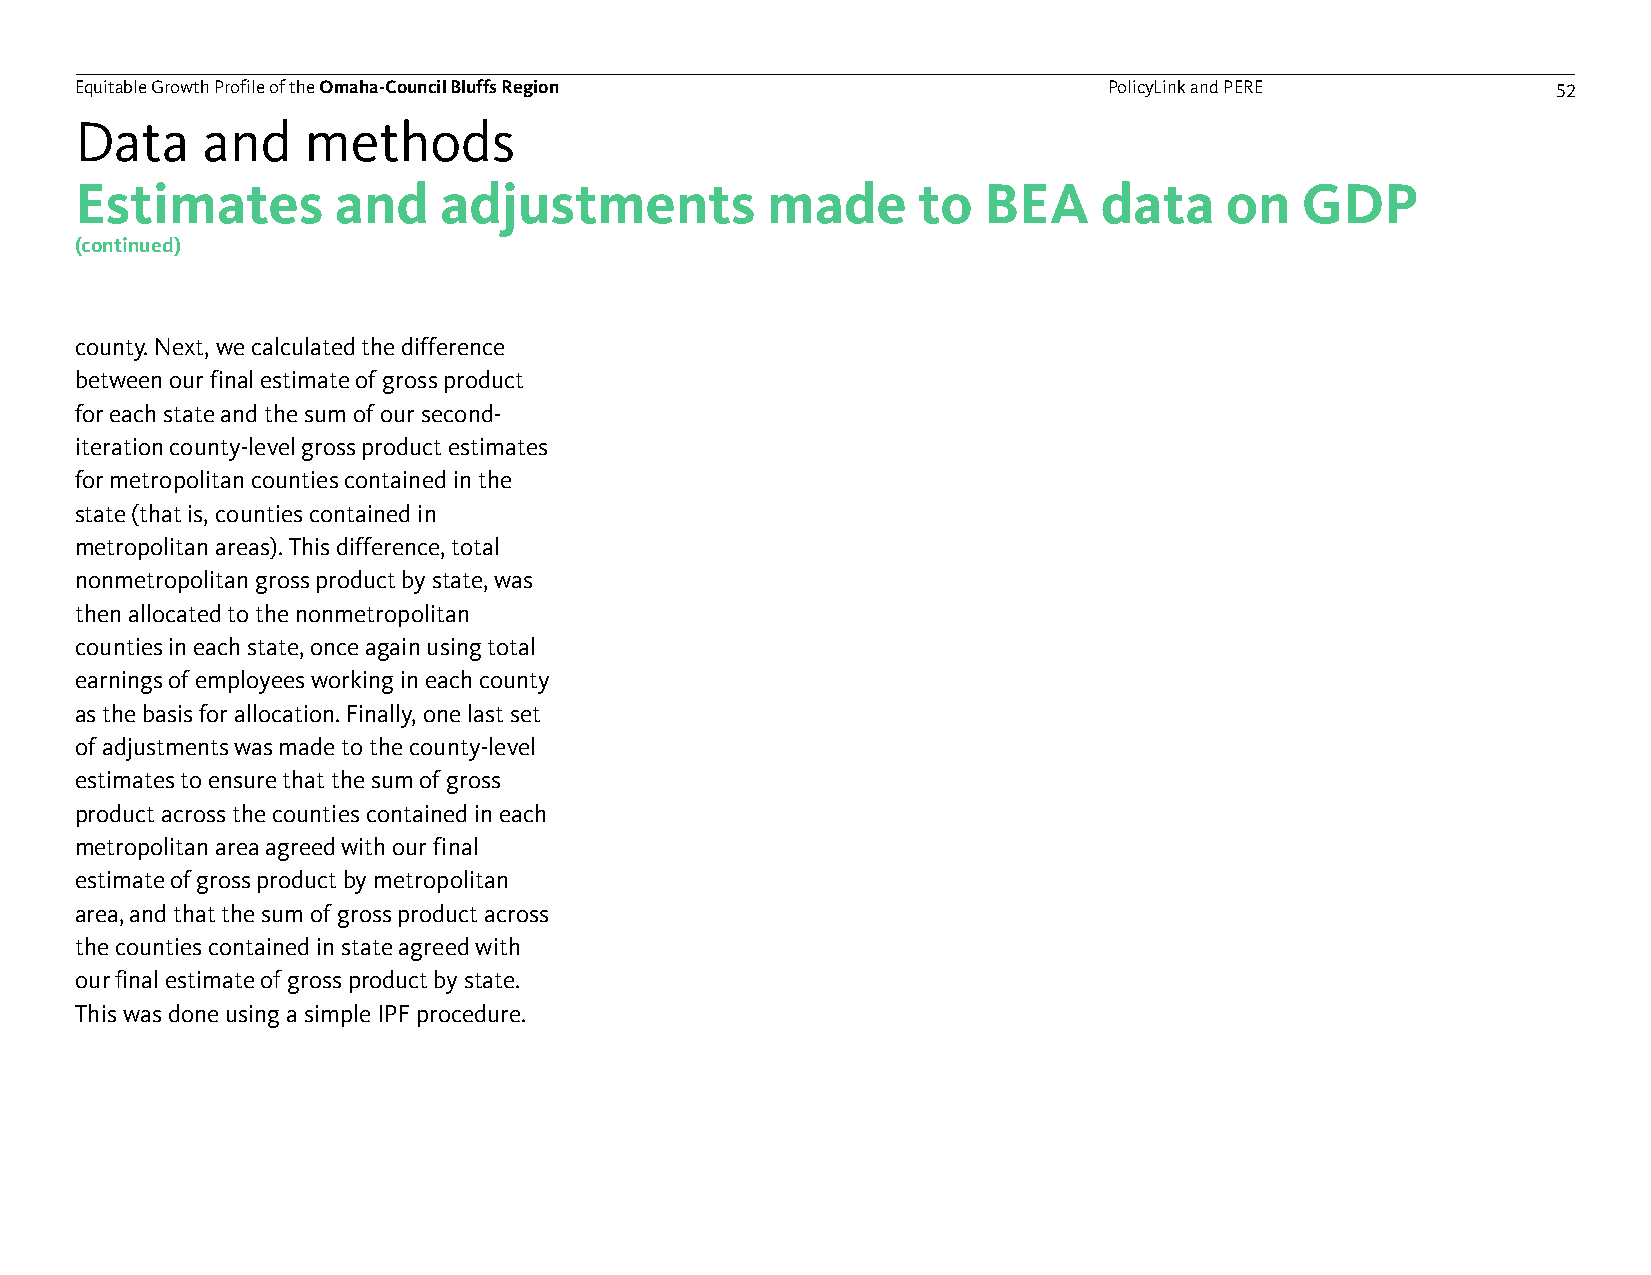
Equitable Growth Profile of theOmaha-Council Bluffs Region          PolicyLink and PERE           52
 Data    and    methods
 Estimates        and    adjustments           made      to  BEA     data    on   GDP
 (continued)
 county. Next, we calculated the difference
 between our final estimate of gross product
 for each state and the sum of our second-
 iteration county-level gross product estimates
 for metropolitan counties contained in the
 state (that is, counties contained in
 metropolitan areas). This difference, total
 nonmetropolitan gross product by state, was
 then allocated to the nonmetropolitan
 counties in each state, once again using total
 earnings of employees working in each county
 as the basis for allocation. Finally, one last set
 of adjustments was made to the county-level
 estimates to ensure that the sum of gross
 product across the counties contained in each
 metropolitan area agreed with our final
 estimate of gross product by metropolitan
 area, and that the sum of gross product across
 the counties contained in state agreed with
 ourfinal estimate of gross product by state.
 This was done using a simple IPF procedure.